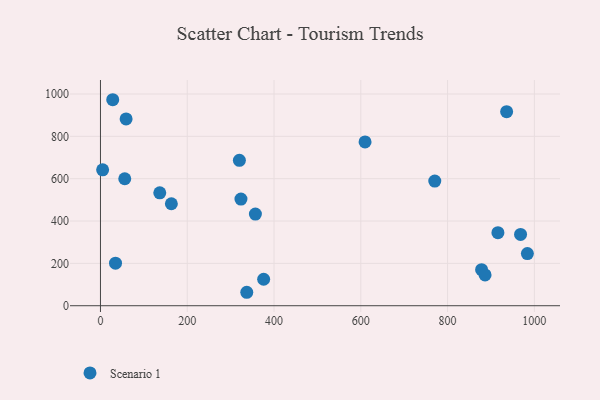
{"axis": {"x": "Ad Spend", "y": "Exam Score"}, "legend": ["Scenario 1"], "data": [{"x": "878.4", "y": 170.3, "type": "Scenario 1"}, {"x": "968.2", "y": 336.6, "type": "Scenario 1"}, {"x": "59.1", "y": 882.2, "type": "Scenario 1"}, {"x": "163.4", "y": 481.6, "type": "Scenario 1"}, {"x": "34.7", "y": 201.1, "type": "Scenario 1"}, {"x": "983.9", "y": 246.2, "type": "Scenario 1"}, {"x": "376.1", "y": 124.9, "type": "Scenario 1"}, {"x": "320.2", "y": 686.8, "type": "Scenario 1"}, {"x": "886.4", "y": 145.3, "type": "Scenario 1"}, {"x": "5.0", "y": 641.6, "type": "Scenario 1"}, {"x": "357.1", "y": 432.8, "type": "Scenario 1"}, {"x": "609.8", "y": 773.4, "type": "Scenario 1"}, {"x": "323.8", "y": 503.8, "type": "Scenario 1"}, {"x": "28.3", "y": 972.9, "type": "Scenario 1"}, {"x": "916.0", "y": 344.9, "type": "Scenario 1"}, {"x": "56.0", "y": 599.7, "type": "Scenario 1"}, {"x": "936.1", "y": 916.4, "type": "Scenario 1"}, {"x": "770.5", "y": 588.5, "type": "Scenario 1"}, {"x": "337.2", "y": 63.5, "type": "Scenario 1"}, {"x": "136.7", "y": 533.2, "type": "Scenario 1"}]}